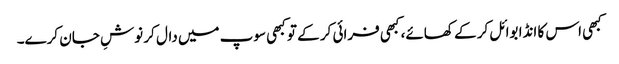
کبھی اس کا انڈا بوائل کر کے کھائے، کبھی فرائی کر کے تو کبھی سوپ میں دال کر نوشِ جان کرے۔